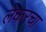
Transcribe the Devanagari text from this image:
लेकरचा